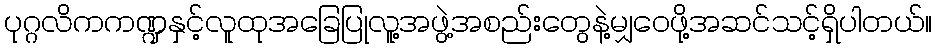
ပုဂ္ဂလိကကဏ္ဍနှင့်လူထုအခြေပြုလူ့အဖွဲ့အစည်းတွေနဲ့မျှဝေဖို့အဆင်သင့်ရှိပါတယ်။